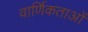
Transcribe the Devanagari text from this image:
वार्णिकताओं